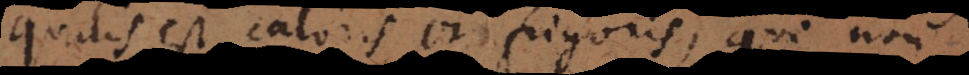
qualis est caloris et frigoris, qui non